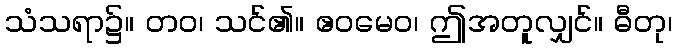
သံသရာ၌။ တဝ၊ သင်၏။ ဧဝမေဝ၊ ဤအတူလျှင်။ ဓီတု၊